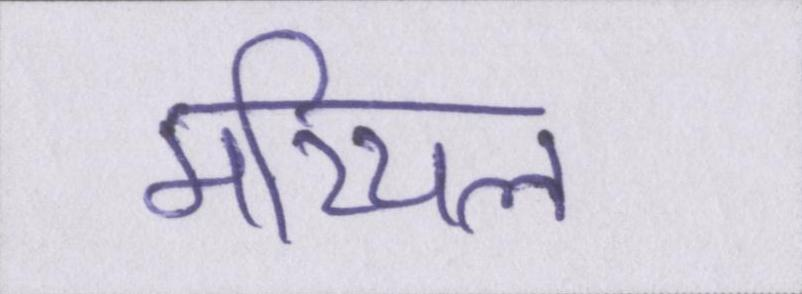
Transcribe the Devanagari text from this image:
मरियल